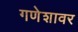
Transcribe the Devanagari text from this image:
गणेशावर